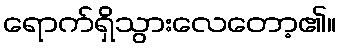
ရောက်ရှိသွားလေတော့၏။